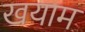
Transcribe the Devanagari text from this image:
खयाम